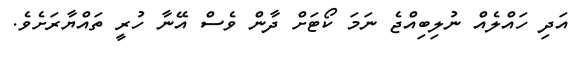
އަދި ހައްލެއް ނުލިބިއްޖެ ނަމަ ކޯޓަށް ދާން ވެސް އޭނާ ހުރީ ތައްޔާރަށެވެ.